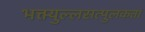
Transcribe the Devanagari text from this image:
भक्त्युल्लसत्पुलकतां